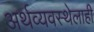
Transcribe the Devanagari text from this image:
अर्थव्यवस्थेलाही